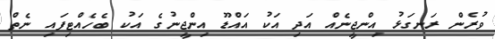
ވުރެން ރަނގަޅު އިންޖީނެއް އަދި އަކު އައްޑޫ އިންޖީނުގެ އަކު ބެހެއްޓިފައި ނެތް